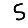
Digit: 5